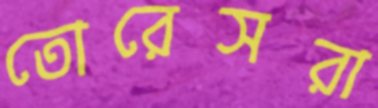
তোরেসরা